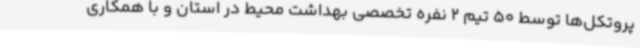
پروتکل‌ها توسط 50 تیم 2 نفره تخصصی بهداشت محیط در استان و با همکاری